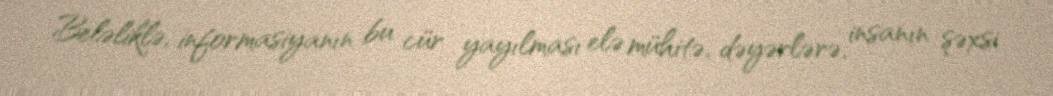
Beləliklə, informasiyanın bu cür yayılması elə mühitə, dəyərlərə, insanın şəxsi